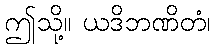
ဤသို့။ ယဒိဘဏိတံ၊